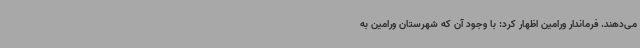
می‌دهند. فرماندار ورامین اظهار کرد: با وجود آن که شهرستان ورامین به